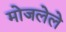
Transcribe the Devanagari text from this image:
मोजलेले